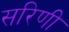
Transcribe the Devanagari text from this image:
सरिणी